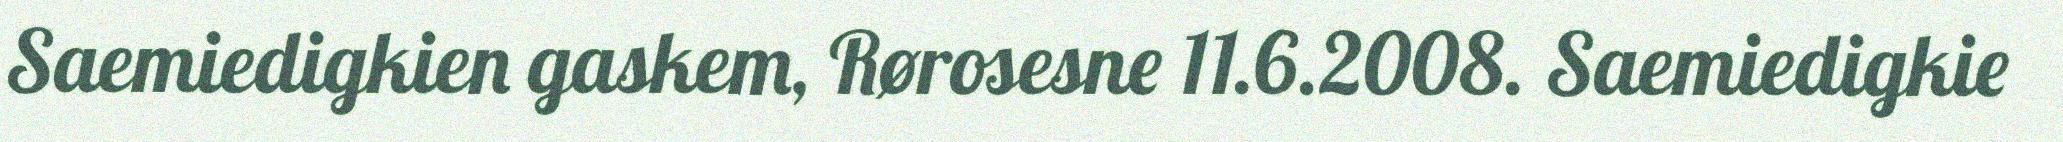
Saemiedigkien gaskem, Rørosesne 11.6.2008. Saemiedigkie